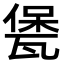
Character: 𤭭